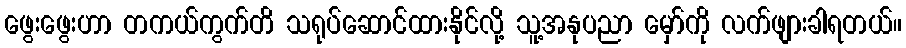
ဖွေးဖွေးဟာ တကယ်ကွက်တိ သရုပ်ဆောင်ထားနိုင်လို့ သူ့အနုပညာ မှော်ကို လက်ဖျားခါရတယ်။